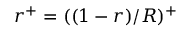
r ^ { + } = ( ( 1 - r ) / R ) ^ { + }